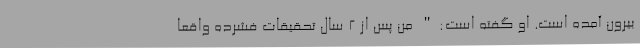
بیرون آمده است. او گفته است:" من پس از 2 سال تحقیقات فشرده واقعا